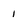
Character: 1